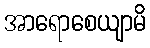
အာရောစေယျာမိ